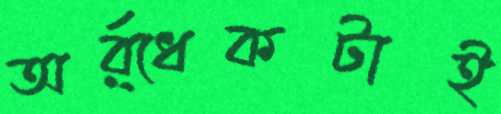
অর্র্ধেকটাই